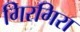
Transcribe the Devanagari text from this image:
गिरगिरा